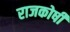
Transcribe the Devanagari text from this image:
राजकोषी